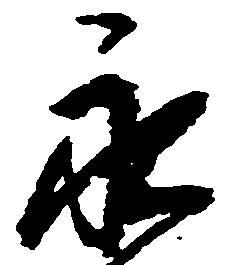
永